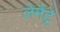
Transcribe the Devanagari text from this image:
लेमैट्रे